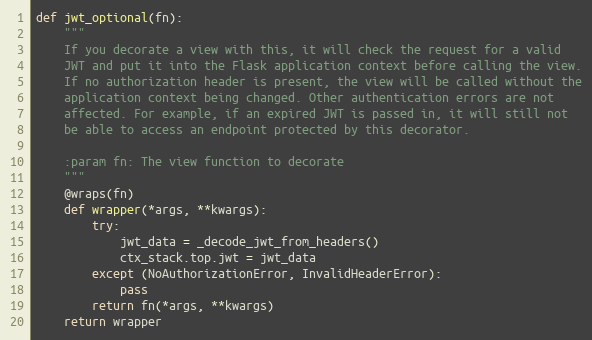
Language: Python
def jwt_optional(fn):
    """
    If you decorate a view with this, it will check the request for a valid
    JWT and put it into the Flask application context before calling the view.
    If no authorization header is present, the view will be called without the
    application context being changed. Other authentication errors are not
    affected. For example, if an expired JWT is passed in, it will still not
    be able to access an endpoint protected by this decorator.

    :param fn: The view function to decorate
    """
    @wraps(fn)
    def wrapper(*args, **kwargs):
        try:
            jwt_data = _decode_jwt_from_headers()
            ctx_stack.top.jwt = jwt_data
        except (NoAuthorizationError, InvalidHeaderError):
            pass
        return fn(*args, **kwargs)
    return wrapper